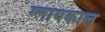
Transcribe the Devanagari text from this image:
ग्लायकाल